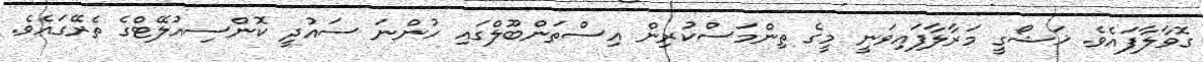
ގޮވާލާފައެވެ. ޚަޝޯގީ މަރާލާފައިވަނީ މީގެ ތިންމަސްކުރިން އިސްތަންބޫލްގައި ހުންނަ ސައުދީ ކޮންސިއުލޭޓްގެ ތެރޭގައެވެ.